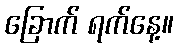
ခြောက် ရက်နေ့။